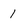
Character: 1